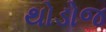
થોડોજ